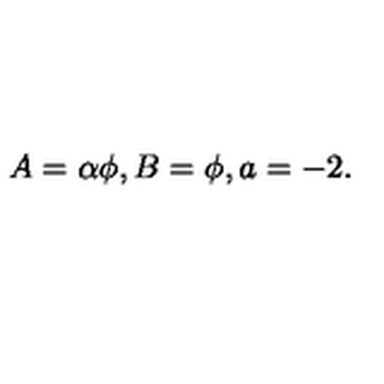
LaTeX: A = \alpha \phi , B = \phi , a = - 2 .